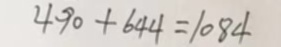
4 4 0 + 6 4 4 = 1 0 8 4